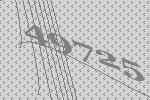
49725